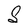
Character: S